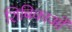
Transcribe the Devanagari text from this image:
शिबिकाओं